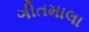
ગીતમાલા